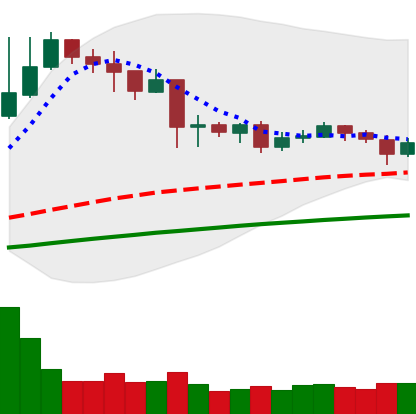
Ticker: NEO-USD
Chart end date: 2019-04-22
Forward return: -12.311%
Label: down_7plus